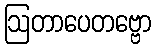
ဩတာပေတဗ္ဗော